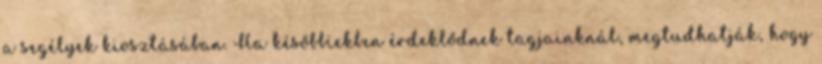
a segélyek kiosztásában. Ha későbbiekben érdeklődnek tagjainknál, megtudhatják, hogy